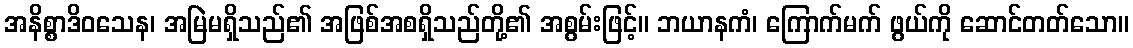
အနိစ္စာဒိဝသေန၊ အမြဲမရှိသည်၏ အဖြစ်အစရှိသည်တို့၏ အစွမ်းဖြင့်။ ဘယာနကံ၊ ကြောက်မက် ဖွယ်ကို ဆောင်တတ်သော။